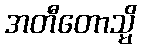
အတီတောသ္မိ